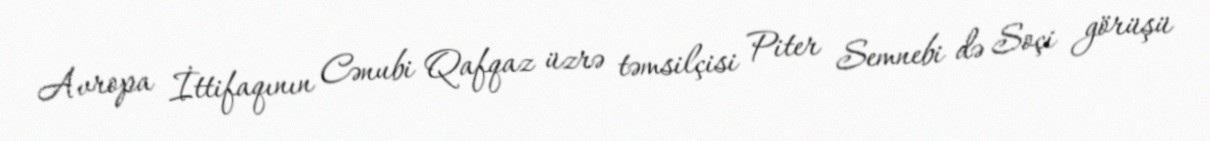
Avropa İttifaqının Cənubi Qafqaz üzrə təmsilçisi Piter Semnebi də Soçi görüşü